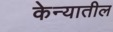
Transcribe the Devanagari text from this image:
केन्यातील